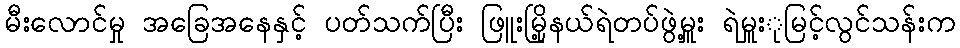
မီးလောင်မှု အခြေအနေနှင့် ပတ်သက်ပြီး ဖြူးမြို့နယ်ရဲတပ်ဖွဲ့မှူး ရဲမှူးုမြင့်လွင်သန်းက